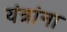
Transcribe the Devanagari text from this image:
यंत्रांना